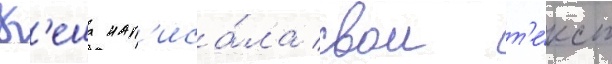
К'еша нап'иса́ла свои т'е́кст